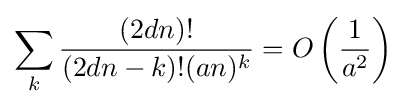
\sum _{k}{\frac {(2dn)!}{(2dn-k)!(an)^{k}}}=O\left({\frac {1}{a^{2}}}\right)